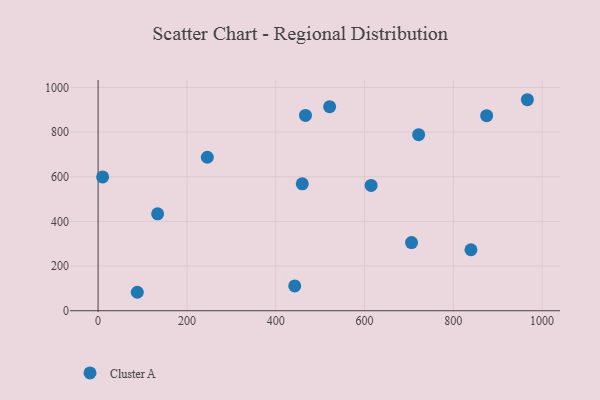
{"axis": {"x": "Experience", "y": "Sales"}, "legend": ["Cluster A"], "data": [{"x": "722.0", "y": 788.4, "type": "Cluster A"}, {"x": "614.9", "y": 561.2, "type": "Cluster A"}, {"x": "134.1", "y": 433.8, "type": "Cluster A"}, {"x": "459.9", "y": 568.4, "type": "Cluster A"}, {"x": "875.2", "y": 873.3, "type": "Cluster A"}, {"x": "10.2", "y": 599.3, "type": "Cluster A"}, {"x": "246.0", "y": 687.3, "type": "Cluster A"}, {"x": "966.9", "y": 944.9, "type": "Cluster A"}, {"x": "467.1", "y": 874.8, "type": "Cluster A"}, {"x": "442.9", "y": 111.1, "type": "Cluster A"}, {"x": "706.0", "y": 305.0, "type": "Cluster A"}, {"x": "839.8", "y": 273.1, "type": "Cluster A"}, {"x": "88.3", "y": 82.6, "type": "Cluster A"}, {"x": "521.5", "y": 913.9, "type": "Cluster A"}]}